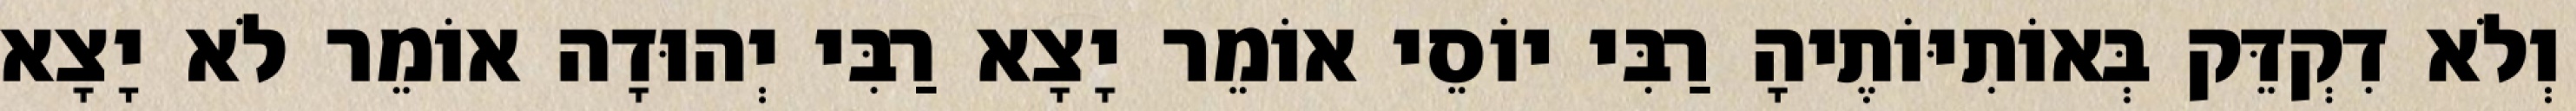
וְלֹא דִקְדֵּק בְּאוֹתִיּוֹתֶיהָ רַבִּי יוֹסֵי אוֹמֵר יָצָא רַבִּי יְהוּדָה אוֹמֵר לֹא יָצָא